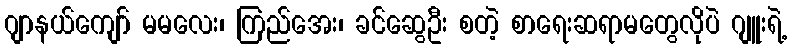
ဂျာနယ်ကျော် မမလေး၊ ကြည်အေး၊ ခင်ဆွေဦး စတဲ့ စာရေးဆရာမတွေလိုပဲ ဂျူးရဲ့